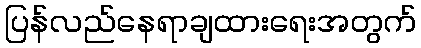
ပြန်လည်နေရာချထားရေးအတွက်